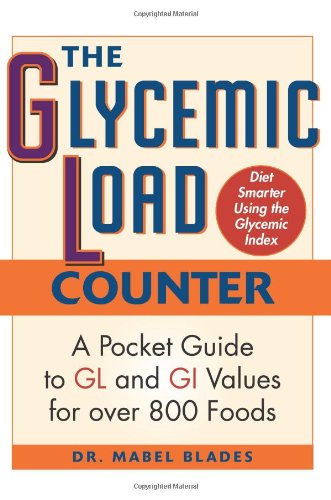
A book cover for The Glycemic Load Counter: A Pocket Guide to GL and GI Values for over 800 Foods; Mabel Blades; Health, Fitness & Dieting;